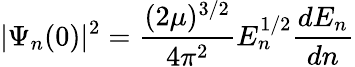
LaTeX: |\Psi_{n}(0)|^{2}=\frac{(2\mu)^{3/2}}{4\pi^{2}}E_{n}^{1/2}\frac{dE_{n}}{dn}